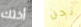
أختك نحن